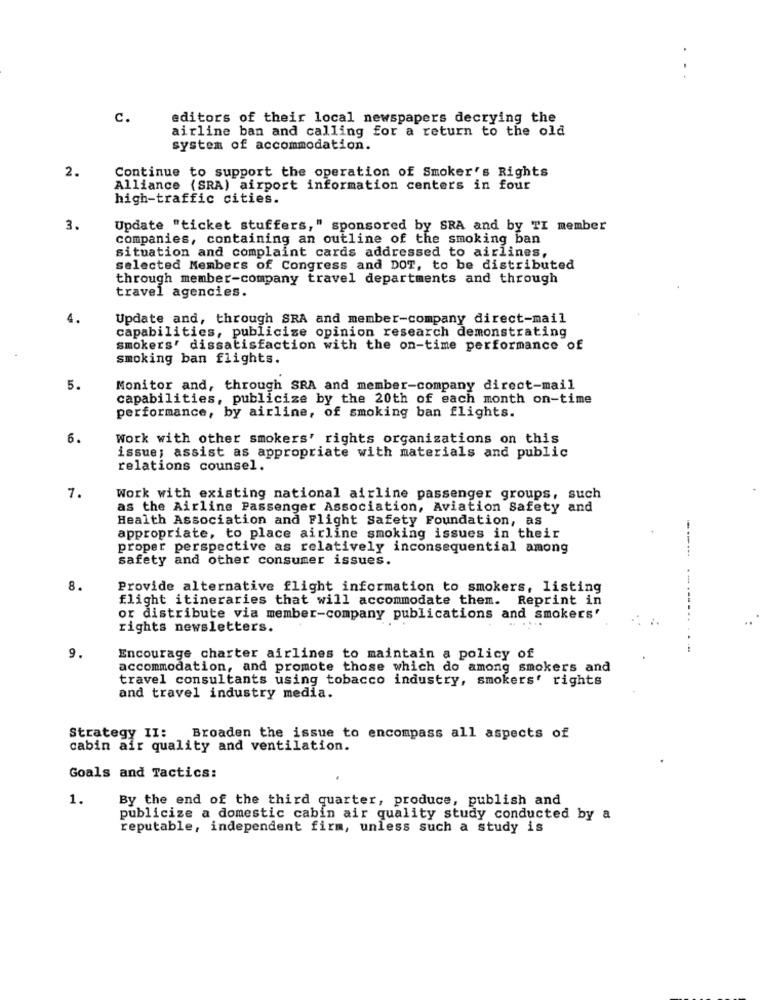
..
c.
editors of their local newspapers decrying the
airline ban and calling for a return to the old
system of accommodation.
2.
Continue to support the operation of Smoker's Rights
Alliance (SRA) airport information centers in four
high-traffic cities.
3.
Update "ticket stuffers," sponsored by SRA and by TI member
companies, containing an outline of the smoking ban
situation and complaint cards addressed to airlines,
selected Members of Congress and DOT, to be distributed
through member-company travel departments and through
travel agencies.
4.
Update and, through SRA and member-company direct-mail
capabilities, publicize opinion research demonstrating
smokers' dissatisfaction with the on-time performance of
smoking ban flights.
5.
Monitor and, through SRA and member-company direct-mail
capabilities, publicize by the 20th of each month on-time
performance, by airline, of smoking ban flights.
6.
Work with other smokers' rights organizations on this
issue; assist as appropriate with materials and public
relations counsel.
7.
Work with existing national airline passenger groups, such
as the Airline Passenger Association, Aviation Safety and
Health Association and Flight Safety Foundation, as
appropriate, to place airline smoking issues in their
proper perspective as relatively inconsequential among
safety and other consumer issues.
8.
Provide alternative flight information to smokers, listing
flight itineraries that will accommodate them. Reprint in
or distribute via member-company publications and smokers'
rights newsletters.
------... .....
9.
Encourage charter airlines to maintain a policy of
accommodation, and promote those which do among smokers and
travel consultants using tobacco industry, smokers' rights
and travel industry media.
Strategy II: Broaden the issue to encompass all aspects of
cabin air quality and ventilation.
Goals and Tactics:
1.
By the end of the third quarter, produce, publish and
publicize a domestic cabin air quality study conducted by a
reputable, independent firm, unless such a study is